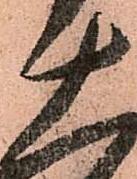
十